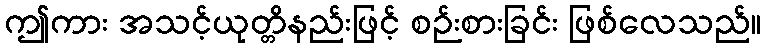
ဤကား အသင့်ယုတ္တိနည်းဖြင့် စဉ်းစားခြင်း ဖြစ်လေသည်။